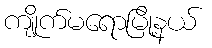
ကျိုက်မရောမြို့နယ်